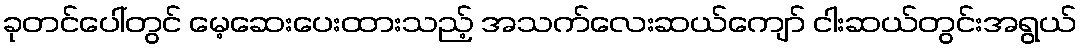
ခုတင်ပေါ်တွင် မေ့ဆေးပေးထားသည့် အသက်လေးဆယ်ကျော် ငါးဆယ်တွင်းအရွယ်